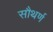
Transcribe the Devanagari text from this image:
सौथर्ण